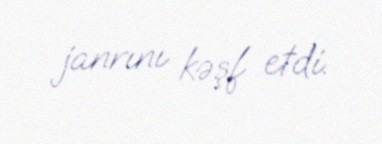
janrını kəşf etdi.